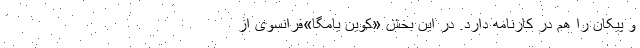
و پیکان را هم در کارنامه دارد. در این بخش «کوین یامگا»‌فرانسوی از